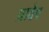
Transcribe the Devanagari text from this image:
प्रावेष